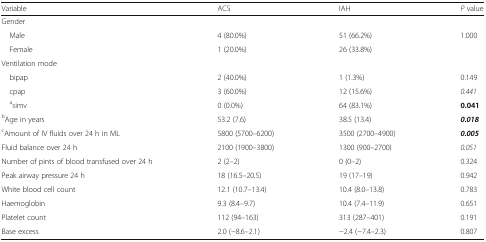
<table><thead><tr><td><b>Variable</b></td><td><b>ACS</b></td><td><b>IAH</b></td><td><b><i>P</i> value</b></td></tr></thead><tbody><tr><td colspan="4">Gender</td></tr><tr><td> Male</td><td>4 (80.0%)</td><td>51 (66.2%)</td><td>1.000</td></tr><tr><td> Female</td><td>1 (20.0%)</td><td>26 (33.8%)</td><td></td></tr><tr><td>Ventilation mode</td><td></td><td></td><td></td></tr><tr><td> bipap</td><td>2 (40.0%)</td><td>1 (1.3%)</td><td>0.149</td></tr><tr><td> cpap</td><td>3 (60.0%)</td><td>12 (15.6%)</td><td><i>0.441</i></td></tr><tr><td> <sup>a</sup>simv</td><td>0 (0.0%)</td><td>64 (83.1%)</td><td><b>0.041</b></td></tr><tr><td><sup>b</sup>Age in years</td><td>53.2 (7.6)</td><td>38.5 (13.4)</td><td><b><i>0.018</i></b></td></tr><tr><td><sup>c</sup>Amount of IV fluids over 24 h in ML</td><td>5800 (5700–6200)</td><td>3500 (2700–4900)</td><td><b><i>0.005</i></b></td></tr><tr><td>Fluid balance over 24 h</td><td>2100 (1900–3800)</td><td>1300 (900–2700)</td><td><i>0.051</i></td></tr><tr><td>Number of pints of blood transfused over 24 h</td><td>2 (2–2)</td><td>0 (0–2)</td><td>0.324</td></tr><tr><td>Peak airway pressure 24 h</td><td>18 (16.5–20.5)</td><td>19 (17–19)</td><td>0.942</td></tr><tr><td>White blood cell count</td><td>12.1 (10.7–13.4)</td><td>10.4 (8.0–13.8)</td><td>0.783</td></tr><tr><td>Haemoglobin</td><td>9.3 (8.4–9.7)</td><td>10.4 (7.4–11.9)</td><td>0.651</td></tr><tr><td>Platelet count</td><td>112 (94–163)</td><td>313 (287–401)</td><td>0.191</td></tr><tr><td>Base excess</td><td>2.0 (−8.6–2.1)</td><td>−2.4 (−7.4–2.3)</td><td>0.807</td></tr></tbody></table>